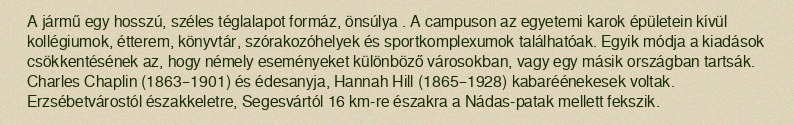
A jármű egy hosszú, széles téglalapot formáz, önsúlya . A campuson az egyetemi karok épületein kívül kollégiumok, étterem, könyvtár, szórakozóhelyek és sportkomplexumok találhatóak. Egyik módja a kiadások csökkentésének az, hogy némely eseményeket különböző városokban, vagy egy másik országban tartsák. Charles Chaplin (1863–1901) és édesanyja, Hannah Hill (1865–1928) kabaréénekesek voltak. Erzsébetvárostól északkeletre, Segesvártól 16 km-re északra a Nádas-patak mellett fekszik.